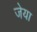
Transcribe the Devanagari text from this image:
जेया